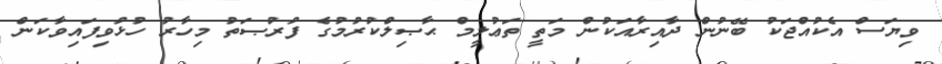
ވިޔަސް އެކުއްޖަކު ބޭނުން ދާއިރާއަކުން މަތީ ތަޢުލީމް ޙާޞިލްކުރުމުގެ ފުރުޞަތު މިހާރު ހުޅުވިފައިވާކަން